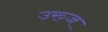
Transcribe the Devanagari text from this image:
उरुज